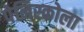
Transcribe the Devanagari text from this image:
पेनिस्कोला